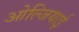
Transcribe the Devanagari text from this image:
ओल्जियाई